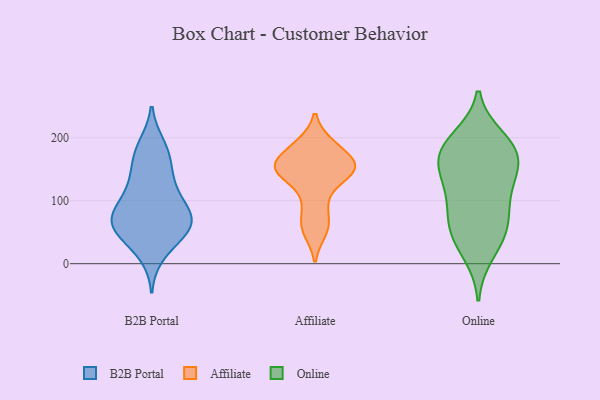
{"axis": {"x": "LTV (USD)", "y": "Value"}, "legend": ["Affiliate", "B2B Portal", "Online"], "data": [{"x": "", "y": 122, "type": "B2B Portal"}, {"x": "", "y": 78, "type": "B2B Portal"}, {"x": "", "y": 60, "type": "B2B Portal"}, {"x": "", "y": 184, "type": "B2B Portal"}, {"x": "", "y": 128, "type": "B2B Portal"}, {"x": "", "y": 67, "type": "B2B Portal"}, {"x": "", "y": 43, "type": "B2B Portal"}, {"x": "", "y": 37, "type": "B2B Portal"}, {"x": "", "y": 63, "type": "B2B Portal"}, {"x": "", "y": 189, "type": "B2B Portal"}, {"x": "", "y": 161, "type": "B2B Portal"}, {"x": "", "y": 72, "type": "B2B Portal"}, {"x": "", "y": 75, "type": "B2B Portal"}, {"x": "", "y": 94, "type": "B2B Portal"}, {"x": "", "y": 59, "type": "B2B Portal"}, {"x": "", "y": 108, "type": "B2B Portal"}, {"x": "", "y": 157, "type": "B2B Portal"}, {"x": "", "y": 14, "type": "B2B Portal"}, {"x": "", "y": 147, "type": "Affiliate"}, {"x": "", "y": 153, "type": "Affiliate"}, {"x": "", "y": 186, "type": "Affiliate"}, {"x": "", "y": 134, "type": "Affiliate"}, {"x": "", "y": 157, "type": "Affiliate"}, {"x": "", "y": 66, "type": "Affiliate"}, {"x": "", "y": 190, "type": "Affiliate"}, {"x": "", "y": 155, "type": "Affiliate"}, {"x": "", "y": 99, "type": "Affiliate"}, {"x": "", "y": 51, "type": "Affiliate"}, {"x": "", "y": 156, "type": "Affiliate"}, {"x": "", "y": 163, "type": "Online"}, {"x": "", "y": 53, "type": "Online"}, {"x": "", "y": 16, "type": "Online"}, {"x": "", "y": 185, "type": "Online"}, {"x": "", "y": 199, "type": "Online"}, {"x": "", "y": 119, "type": "Online"}, {"x": "", "y": 147, "type": "Online"}, {"x": "", "y": 190, "type": "Online"}, {"x": "", "y": 96, "type": "Online"}, {"x": "", "y": 177, "type": "Online"}, {"x": "", "y": 61, "type": "Online"}, {"x": "", "y": 74, "type": "Online"}, {"x": "", "y": 40, "type": "Online"}, {"x": "", "y": 128, "type": "Online"}, {"x": "", "y": 162, "type": "Online"}]}